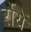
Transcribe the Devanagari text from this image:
र्रोयें